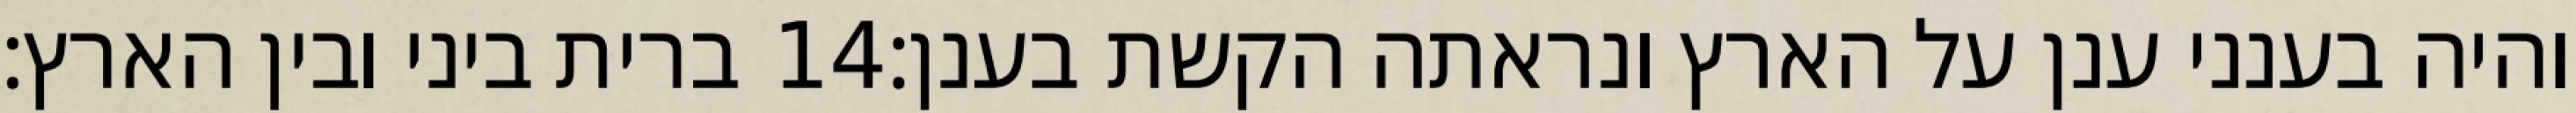
ברית ביני ובין הארץ׃ ‎14‏ והיה בענני ענן על הארץ ונראתה הקשת בענן׃